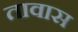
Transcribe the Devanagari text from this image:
तावास